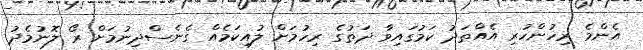
އެންމެ ރިހުންހުރި އެއްތަދު ކަމުގައިވާ ދަތުގެ ރިހުމަށް ލުއިކަމެއް ގެނެސްދިނުމަށް ރޯ ލޮނުމެދު